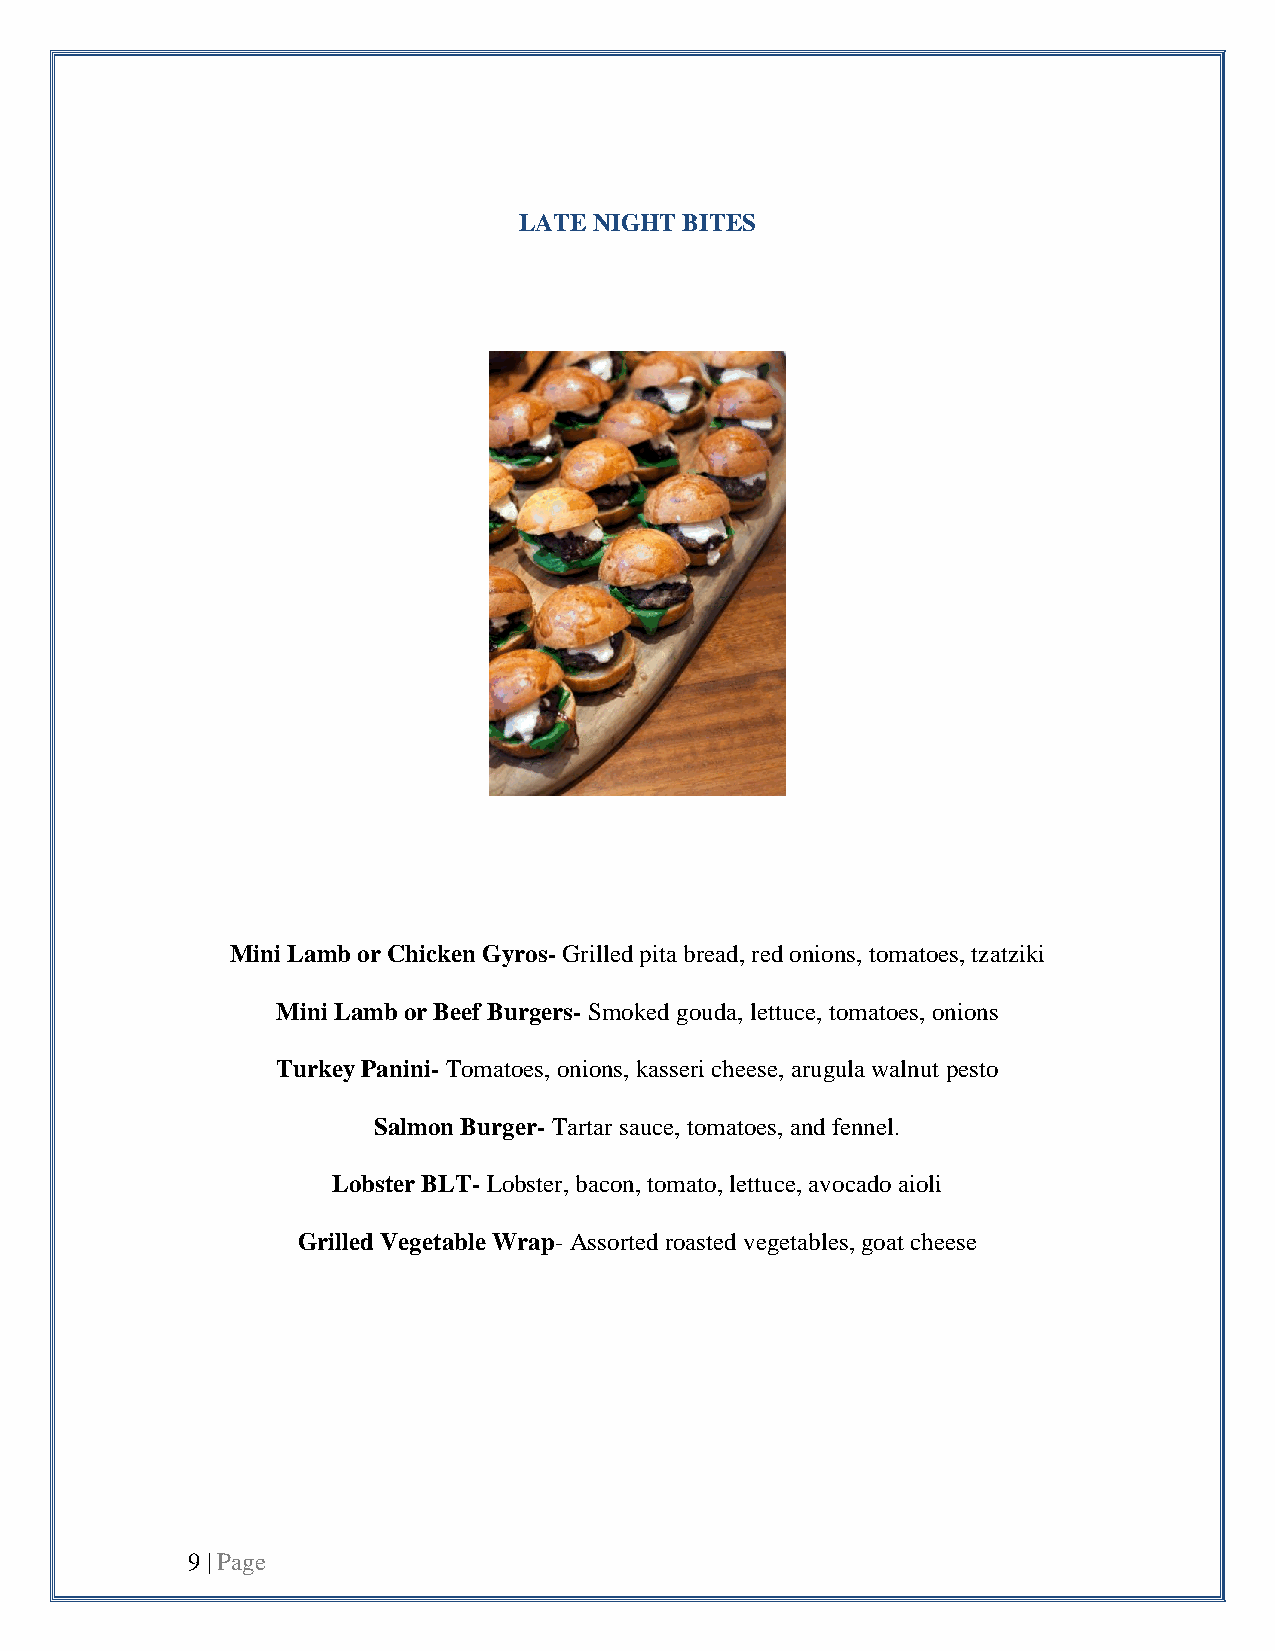
LATE NIGHT BITES
 Mini Lamb or Chicken Gyros- Grilled pita bread, red onions, tomatoes, tzatziki
 Mini Lamb or Beef Burgers- Smoked gouda, lettuce, tomatoes, onions
 Turkey Panini- Tomatoes, onions, kasseri cheese, arugula walnut pesto
 Salmon Burger- Tartar sauce, tomatoes, and fennel.
 Lobster BLT- Lobster, bacon, tomato, lettuce, avocado aioli
 Grilled Vegetable Wrap- Assorted roasted vegetables, goat cheese
 9 | Page